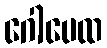
ဂေါပေထ